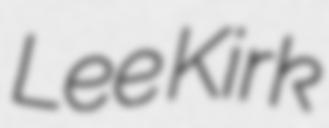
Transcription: Lee Kirk